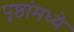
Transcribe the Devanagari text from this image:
पृष्ठांमध्ये